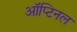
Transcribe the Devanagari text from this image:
ऑप्टिनल